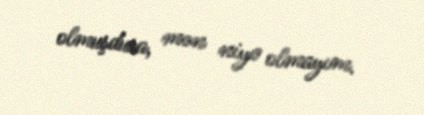
olmuşdusa, mən niyə olmayım.